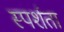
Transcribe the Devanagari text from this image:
स्पर्शता